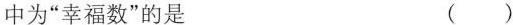
中为”幸福数”的是 ( )